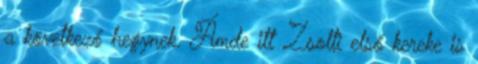
a következő hegynek. Ámde itt Zsolti első kereke is